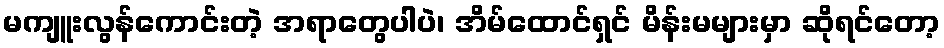
မကျူးလွန်ကောင်းတဲ့ အရာတွေပါပဲ၊ အိမ်ထောင်ရှင် မိန်းမများမှာ ဆိုရင်တော့